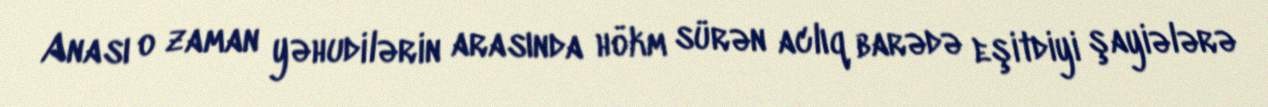
Anası o zaman yəhudilərin arasında hökm sürən aclıq barədə eşitdiyi şayiələrə